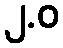
၂.ဝ